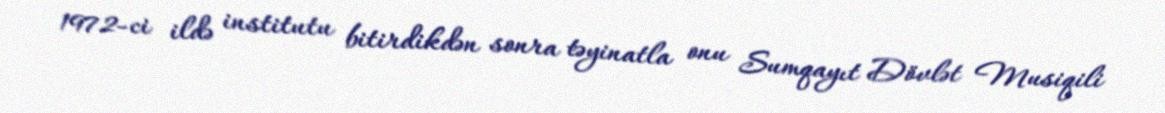
1972-ci ildə institutu bitirdikdən sonra təyinatla onu Sumqayıt Dövlət Musiqili